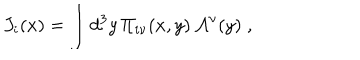
J _ { i } ( x ) = \int d ^ { 3 } y \, \Pi _ { i \nu } ( x , y ) \, { \cal A } ^ { \nu } ( y ) \; ,